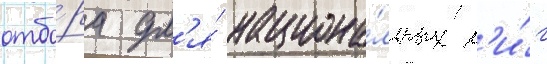
отбо́ра дл'я́ национа́льных л'и́г